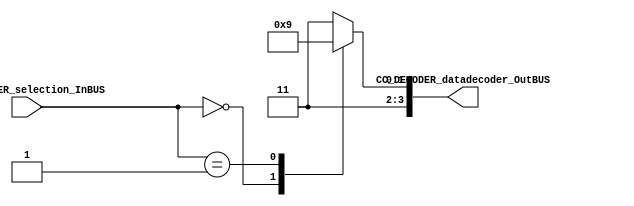
//=======================================================
//  MODULE Definition
//=======================================================
module CC_DECODER #(parameter DATAWIDTH_DECODER_SELECTION=2, parameter DATAWIDTH_DECODER_OUT=4)(
	//////////// OUTPUTS //////////
	CC_DECODER_datadecoder_OutBUS,
	//////////// INPUTS //////////
	CC_DECODER_selection_InBUS
);
//=======================================================
//  PORT declarations
//=======================================================
output reg	[DATAWIDTH_DECODER_OUT-1:0] CC_DECODER_datadecoder_OutBUS;
input			[DATAWIDTH_DECODER_SELECTION-1:0] CC_DECODER_selection_InBUS;
//=======================================================
//  Structural coding
//=======================================================
//INPUT LOGIC: COMBINATIONAL
always@(*)
begin
	case (CC_DECODER_selection_InBUS)	
		2'b00: CC_DECODER_datadecoder_OutBUS = 4'b1110;
		2'b01: CC_DECODER_datadecoder_OutBUS = 4'b1101;
		2'b11: CC_DECODER_datadecoder_OutBUS = 4'b1111;
		default : CC_DECODER_datadecoder_OutBUS = 4'b1111; 
	endcase
end

endmodule